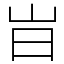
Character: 㞱